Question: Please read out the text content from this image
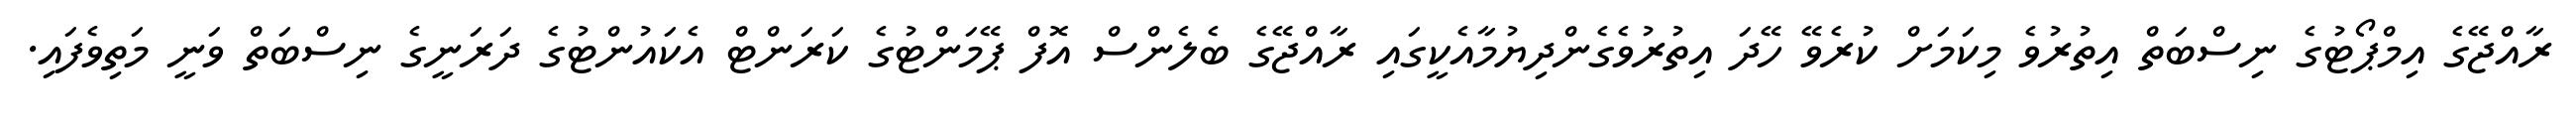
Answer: ރާއްޖޭގެ އިމްޕޯޓުގެ ނިސްބަތް އިތުރުވެ މިކަމަށް ކުރެވޭ ހޭދަ އިތުރުވެގެންދިޔުމާއެކީގައި ރާއްޖޭގެ ބެލެންސް އޮފް ޕޭމަންޓުގެ ކަރަންޓް އެކައުންޓުގެ ދަރަނީގެ ނިސްބަތް ވަނީ މަތިވެފައި.